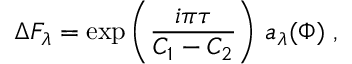
\Delta F _ { \lambda } = \exp \left( \frac { i \pi \tau } { C _ { 1 } - C _ { 2 } } \right) \, a _ { \lambda } ( \Phi ) \; ,